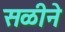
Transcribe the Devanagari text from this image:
सळीने